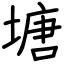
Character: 塘